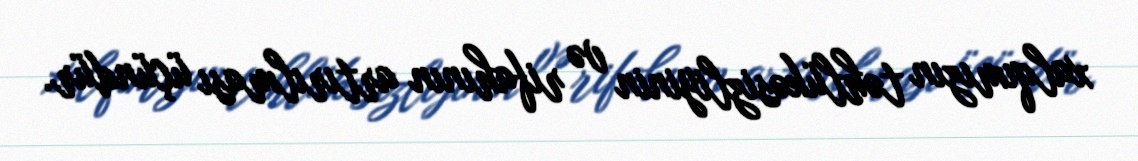
xalqımızın təhlükəsizliyinin və rifahının artırılması üçündür.